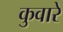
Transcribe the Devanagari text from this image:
कुवारे